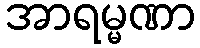
အာရမ္မဏာ